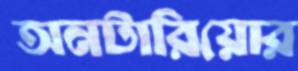
অনটারিয়োর